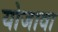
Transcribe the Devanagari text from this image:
योजावा